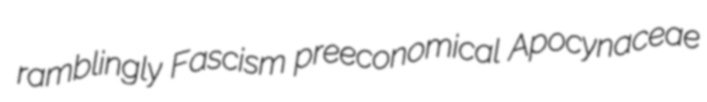
ramblingly Fascism preeconomical Apocynaceae